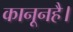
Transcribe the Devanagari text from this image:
कानूनहै।